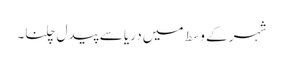
شہر کے وسط میں دریا سے پیدل چلنا۔